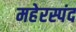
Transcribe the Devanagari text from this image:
महेरस्पंद